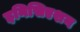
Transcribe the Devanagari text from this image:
इनिसिएशन